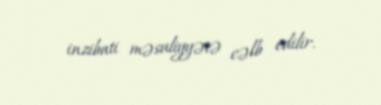
inzibati məsuliyyətə cəlb edilir.